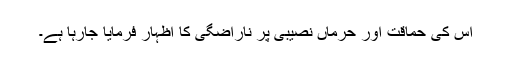
اس کی حماقت اور حرماں نصیبی پر ناراضگی کا اظہار فرمایا جارہا ہے۔